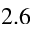
2 . 6